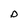
Character: D